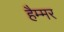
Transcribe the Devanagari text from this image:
हैम्मर